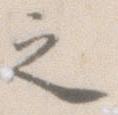
之